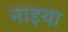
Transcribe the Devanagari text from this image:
नाइया